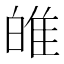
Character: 𤽼